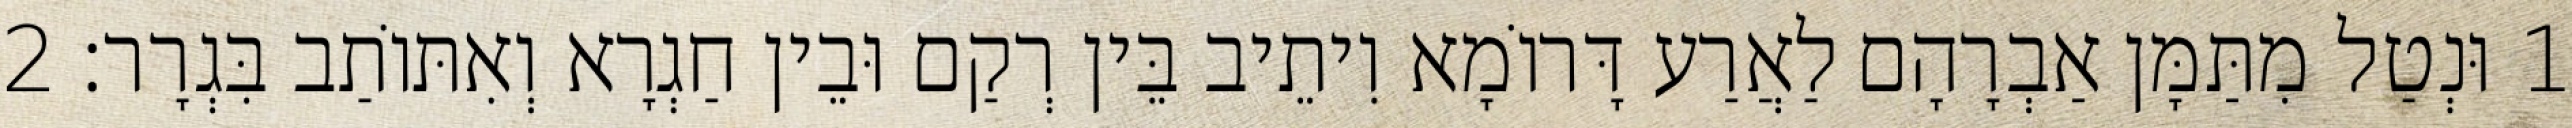
1 וּנְטַל מִתַּמָּן אַבְרָהָם לַאֲרַע דָּרוֹמָא וִיתֵיב בֵּין רְקַם וּבֵין חַגְרָא וְאִתּוֹתַב בִּגְרָר׃ 2